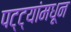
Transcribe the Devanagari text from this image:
पट्ट्यांमधून